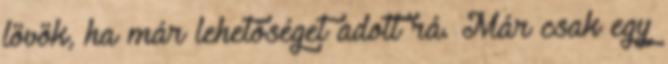
lövök, ha már lehetőséget adott rá. Már csak egy